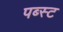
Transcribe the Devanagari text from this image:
पब्स्ट